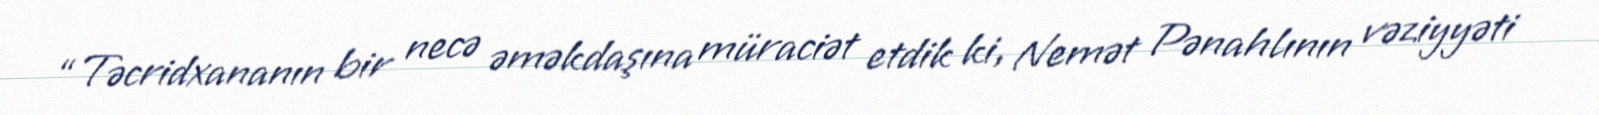
“Təcridxananın bir necə əməkdaşına müraciət etdik ki, Nemət Pənahlının vəziyyəti